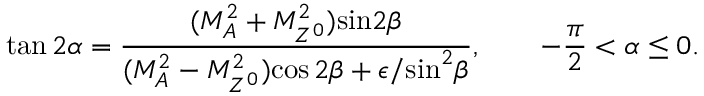
\tan 2 \alpha = \frac { ( M _ { A } ^ { 2 } + M _ { Z ^ { 0 } } ^ { 2 } ) { \sin } 2 \beta } { ( M _ { A } ^ { 2 } - M _ { Z ^ { 0 } } ^ { 2 } ) { \cos 2 } \beta + \epsilon / { \sin } ^ { 2 } \beta } , \quad \quad - \frac { \pi } { 2 } < \alpha \leq 0 .